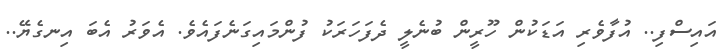
އައިސްފި.. އުފާވެރި އަޑަކުން ހޫރީން ބުނެލީ ދެފަހަރަކު ފުންމައިގަނެފައެވެ. އެވަރު އެބަ އިނގެޔޭ..